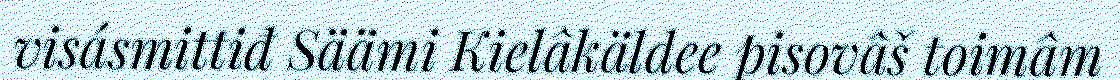
visásmittiđ Säämi Kielâkäldee pisovâš toimâm